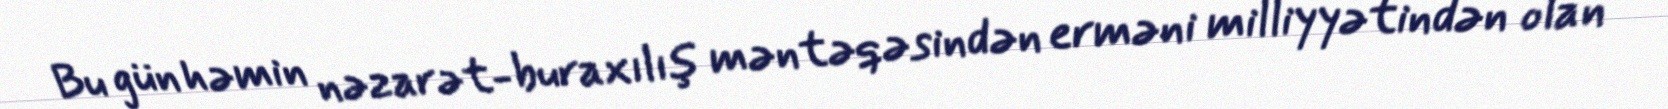
Bu gün həmin nəzarət-buraxılış məntəqəsindən erməni milliyyətindən olan